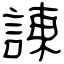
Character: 諌